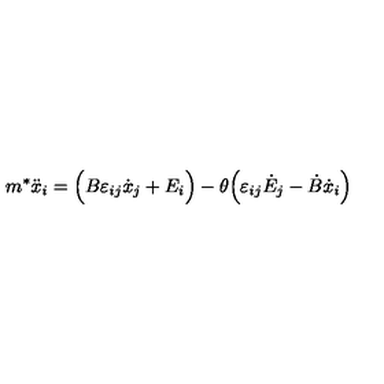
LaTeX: m ^ { * } \ddot { x } _ { i } = \Big ( B \varepsilon _ { i j } \dot { x } _ { j } + E _ { i } \Big ) - \theta \Big ( \varepsilon _ { i j } \dot { E } _ { j } - \dot { B } \dot { x } _ { i } \Big )